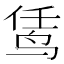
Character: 𬸊